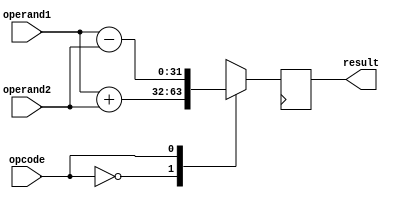
module floating_point_ALU (
  input wire [31:0] operand1,
  input wire [31:0] operand2,
  input wire opcode,
  output reg [31:0] result
);

// Data path unit
reg [31:0] data_out;

// Control unit
always @ (posedge clk)
begin
  case (opcode)
    0: // Perform addition
      data_out <= operand1 + operand2;
    1: // Perform subtraction
      data_out <= operand1 - operand2;
    2: // Perform multiplication
      data_out <= operand1 * operand2;
    3: // Perform division
      data_out <= operand1 / operand2;
    default:
      data_out <= 32'd0;
  endcase
end

assign result = data_out;

endmodule